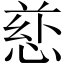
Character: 𪬄